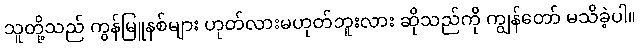
သူတို့သည် ကွန်မြူနစ်များ ဟုတ်လားမဟုတ်ဘူးလား ဆိုသည်ကို ကျွန်တော် မသိခဲ့ပါ။